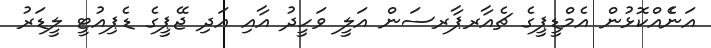
އަނެެއްކޮޅުން އެމްޑީޕީގެ ޗެއާރޕާރސަން އަލީ ވަހީދު އާއި އަދި ޖޭޕީގެ ޑެޕިއުޓީ ލީޑަރު